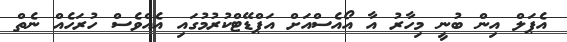
އެޕަަލް އިން ބުނީ މިހާރު އާ އޯއެސްއަށް އަޕްޑޭޓްކުރުމުގައި އެއްވެސް ހުރަހެއް ނެތް